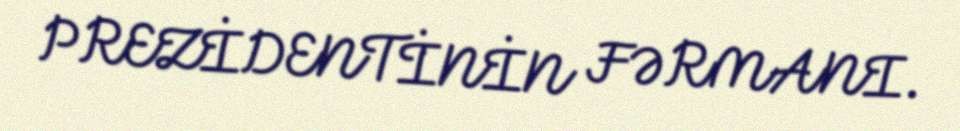
PREZİDENTİNİN FƏRMANI.